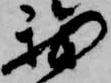
我